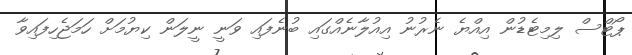
ޕޯޓްސް ލިމިޓެޑުން އިއްޔެ ނެރުނު އިއުލާނެއްގައި ބުނެފައި ވަނީ ނީލަން ކިޔުމަށް ހަމަޖެހިފައިވާ